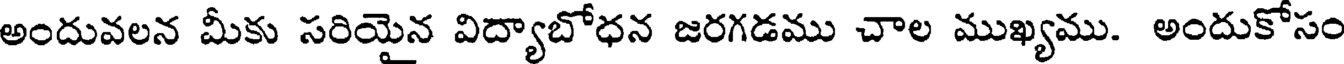
అందువలన మీకు సరియైన విద్యాబోధన జరగడము చాల ముఖ్యము. అందుకోసం